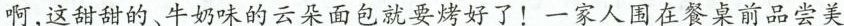
啊，这甜甜的、牛奶味的云朵面包就要烤好了！一家人围在餐桌前品尝美